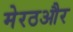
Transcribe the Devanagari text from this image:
मेरठऔर